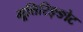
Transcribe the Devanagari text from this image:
मूत्तिरिङ्ङोट